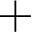
+